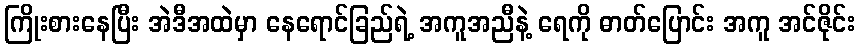
ကြိုးစားနေပြီး အဲဒီအထဲမှာ နေရောင်ခြည်ရဲ့ အကူအညီနဲ့ ရေကို ဓာတ်ပြောင်း အကူ အင်ဇိုင်း